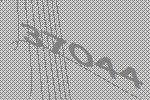
37044